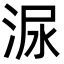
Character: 㳮